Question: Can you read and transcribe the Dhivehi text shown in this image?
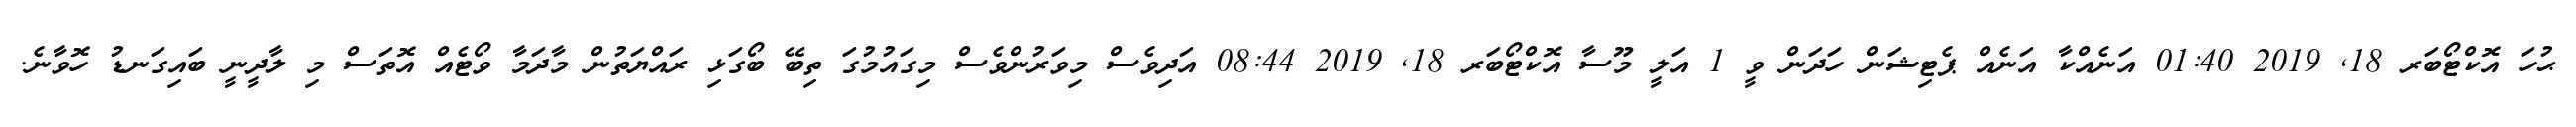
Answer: ޙުހަ އޮކްޓޯބަރ 18, 2019 01:40 އަނެއްކާ އަނެއް ޕެޓިޝަން ހަދަން ވީ 1 އަލީ މޫސާ އޮކްޓޯބަރ 18, 2019 08:44 އަދިވެސް މިވަރުންވެސް މިގައުމުގަ ތިބޭ ބޯގަޅި ރައްޔަތުން މާދަމާ ވޯޓެއް އޮތަސް މި ލާދީނީ ބައިގަނޑު ހޮވާނެ.